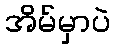
အိမ်မှာပဲ